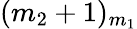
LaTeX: (m_{2}+1)_{m_{1}}